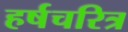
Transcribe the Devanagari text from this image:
हर्षचरित्र